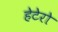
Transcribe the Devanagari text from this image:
हेटेरो